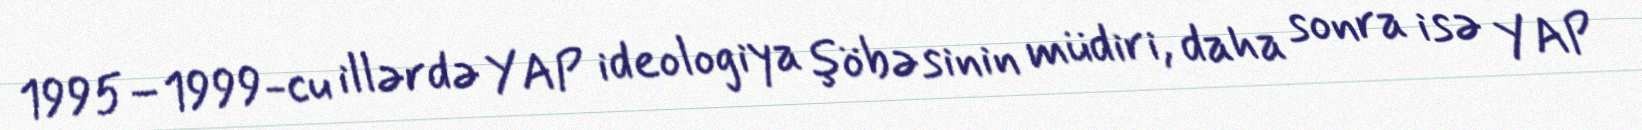
1995–1999-cu illərdə YAP ideologiya şöbəsinin müdiri, daha sonra isə YAP